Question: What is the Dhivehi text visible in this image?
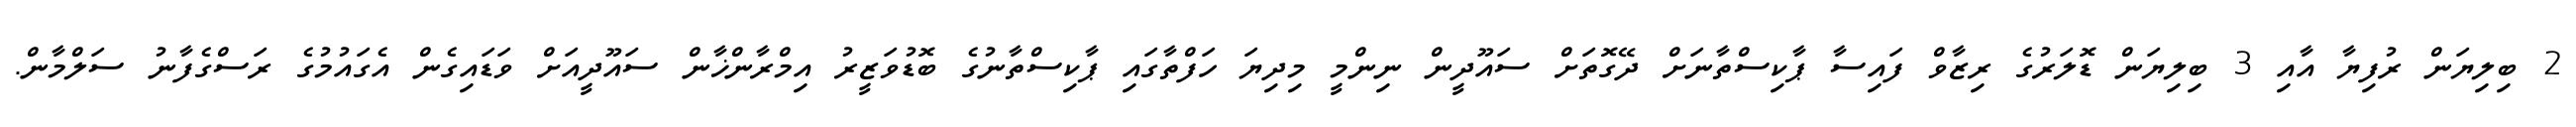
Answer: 2 ބިލިޔަން ރުފިޔާ އާއި 3 ބިލިޔަން ޑޮލަރުގެ ރިޒާވް ފައިސާ ޕާކިސްތާނަށް ދޭގޮތަށް ސައޫދީން ނިންމީ މިދިޔަ ހަފްތާގައި ޕާކިސްތާނުގެ ބޮޑުވަޒީރު އިމްރާންޚާން ސައޫދީއަށް ވަޑައިގެން އެގައުމުގެ ރަސްގެފާނު ސަލްމާން.